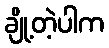
ချို့တဲ့ပါက